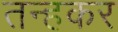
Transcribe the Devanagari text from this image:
तन्हकर